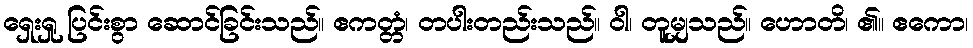
ရှေးရှု ပြင်းစွာ ဆောင်ခြင်းသည်။ ဧကတ္တံ၊ တပါးတည်းသည်။ ဝါ၊ တူမျှသည်။ ဟောတိ၊ ၏။ ဧကော၊